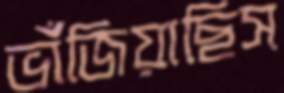
ভাঁজিয়াছিস